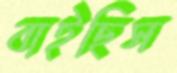
বাইছিস